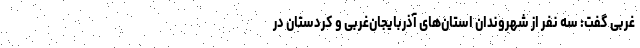
غربی گفت: سه نفر از شهروندان استان‌های آذربایجان‌غربی و کردستان در